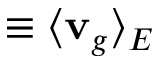
\equiv \langle { \bf v } _ { g } \rangle _ { E }